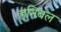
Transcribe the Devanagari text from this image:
हनिबल